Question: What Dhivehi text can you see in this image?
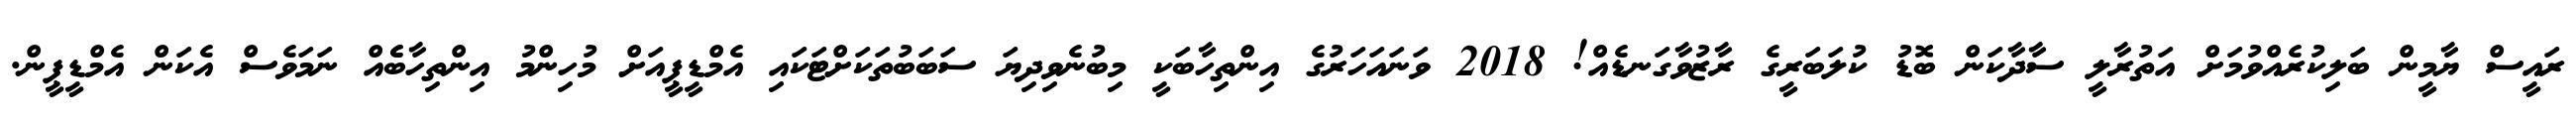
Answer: ރައީސް ޔާމީން ބަލިކުރެއްވުމަށް އަތުރާލީ ސާދާކަން ބޮޑު ކުލަބަރީގެ ރާޒުވާގަނޑެއް! 2018 ވަނައަހަރުގެ އިންތިހާބަކީ މިބުނެވިދިޔަ ސަބަބުތަކަށްޓަކައި އެމްޑީޕީއަށް މުހިންމު އިންތިހާބެެއް ނަމަވެސް އެކަން އެމްޑީޕީން.